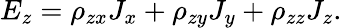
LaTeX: E_{z}=\rho_{zx}J_{x}+\rho_{zy}J_{y}+\rho_{zz}J_{z}.